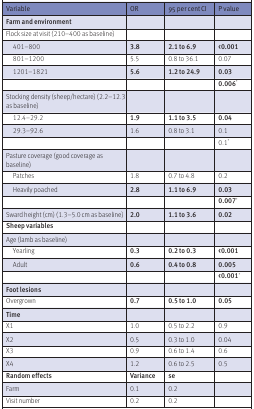
<table><thead><tr><td><b>Variable</b></td><td><b>OR</b></td><td><b>95 per cent CI</b></td><td><b>P value</b></td></tr></thead><tbody><tr><td><b>Farm and environment</b></td><td></td><td></td><td></td></tr><tr><td>Flock size at visit (210–400 as baseline)</td><td></td><td></td><td></td></tr><tr><td> 401–800</td><td><b>3.8</b></td><td><b>2.1 to 6.9</b></td><td><b>&lt;0.001</b></td></tr><tr><td> 801–1200</td><td>5.5</td><td>0.8 to 36.1</td><td>0.07</td></tr><tr><td> 1201–1821</td><td><b>5.6</b></td><td><b>1.2 to 24.9</b></td><td><b>0.03</b></td></tr><tr><td></td><td></td><td></td><td><b>0.006<sup>*</sup></b></td></tr><tr><td>Stocking density (sheep/hectare) (2.2–12.3 as baseline)</td><td></td><td></td><td></td></tr><tr><td> 12.4–29.2</td><td><b>1.9</b></td><td><b>1.1 to 3.5</b></td><td><b>0.04</b></td></tr><tr><td> 29.3–92.6</td><td>1.6</td><td>0.8 to 3.1</td><td>0.1</td></tr><tr><td></td><td></td><td></td><td>0.1<sup>*</sup></td></tr><tr><td>Pasture coverage (good coverage as baseline)</td><td></td><td></td><td></td></tr><tr><td> Patches</td><td>1.8</td><td>0.7 to 4.8</td><td>0.2</td></tr><tr><td> Heavily poached</td><td><b>2.8</b></td><td><b>1.1 to 6.9</b></td><td><b>0.03</b></td></tr><tr><td></td><td></td><td></td><td><b>0.007<sup>*</sup></b></td></tr><tr><td>Sward height (cm) (1.3–5.0 cm as baseline)</td><td><b>2.0</b></td><td><b>1.1 to 3.6</b></td><td><b>0.02</b></td></tr><tr><td><b>Sheep variables</b></td><td></td><td></td><td></td></tr><tr><td>Age (lamb as baseline)</td><td></td><td></td><td></td></tr><tr><td> Yearling</td><td><b>0.3</b></td><td><b>0.2 to 0.3</b></td><td><b>&lt;0.001</b></td></tr><tr><td> Adult</td><td><b>0.6</b></td><td><b>0.4 to 0.8</b></td><td><b>0.005</b></td></tr><tr><td></td><td></td><td></td><td><b>&lt;0.001<sup>*</sup></b></td></tr><tr><td><b>Foot lesions</b></td><td></td><td></td><td></td></tr><tr><td>Overgrown</td><td><b>0.7</b></td><td><b>0.5 to 1.0</b></td><td><b>0.05</b></td></tr><tr><td><b>Time</b></td><td></td><td></td><td></td></tr><tr><td>X1</td><td>1.0</td><td>0.5 to 2.2</td><td>0.9</td></tr><tr><td>X2</td><td>0.5</td><td>0.3 to 1.0</td><td>0.04</td></tr><tr><td>X3</td><td>0.9</td><td>0.6 to 1.4</td><td>0.6</td></tr><tr><td>X4</td><td>1.2</td><td>0.6 to 2.5</td><td>0.5</td></tr><tr><td><b>Random effects</b></td><td><b>Variance</b></td><td><b>se</b></td><td></td></tr><tr><td>Farm</td><td>0.1</td><td>0.2</td><td></td></tr><tr><td>Visit number</td><td>0.2</td><td>0.2</td><td></td></tr></tbody></table>